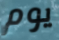
يوم